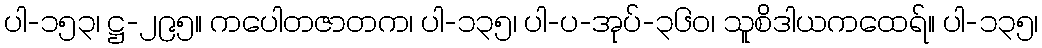
ပါ-၁၅၃၊ ဋ္ဌ-၂၉၅။ ကပေါတဇာတက၊ ပါ-၁၃၅၊ ပါ-ပ-အုပ်-၃၆၀၊ သူစိဒါယကထေရ်။ ပါ-၁၃၅၊